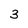
Character: 3